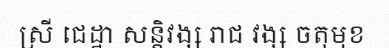
ស្រី ជេដ្ឋា សន្តិវង្ស រាជ វង្ស ចតុមុខ